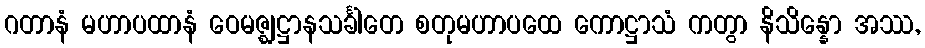
ဂတာနံ မဟာပထာနံ ဝေမဇ္ဈဋ္ဌာနသင်္ခါတေ စတုမဟာပထေ ကောဋ္ဌာသံ ကတွာ နိသိန္နော အဿ,